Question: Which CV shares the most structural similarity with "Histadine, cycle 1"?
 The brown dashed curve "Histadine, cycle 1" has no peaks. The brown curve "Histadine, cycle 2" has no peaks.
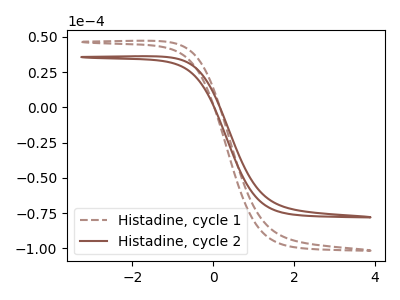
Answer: <think>Neither "Histadine, cycle 1" or "Histadine, cycle 2" have any peaks.
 </think>
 <answer>The CV with the most similar shape to "Histadine, cycle 2" is "Histadine, cycle 1".</answer>
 <eval>"Histadine, cycle 1"</eval>